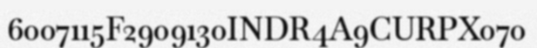
6007115F2909130INDR4A9CURPX070